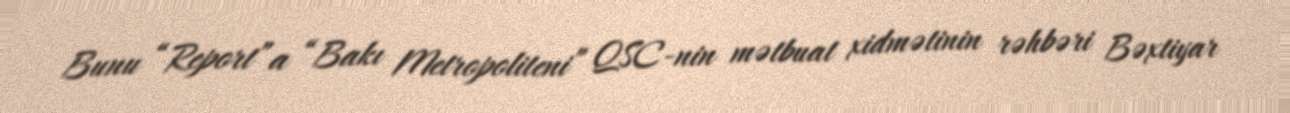
Bunu “Report”a “Bakı Metropoliteni” QSC-nin mətbuat xidmətinin rəhbəri Bəxtiyar